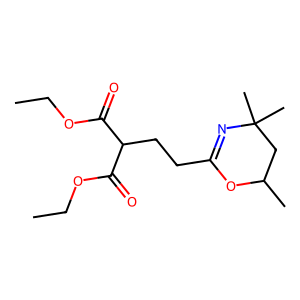
SMILES: CCOC(=O)C(CCC1=NC(C)(C)CC(C)O1)C(=O)OCC
Inhibits HIV replication: No